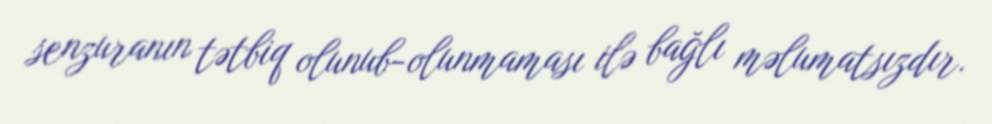
senzuranın tətbiq olunub-olunmaması ilə bağlı məlumatsızdır.